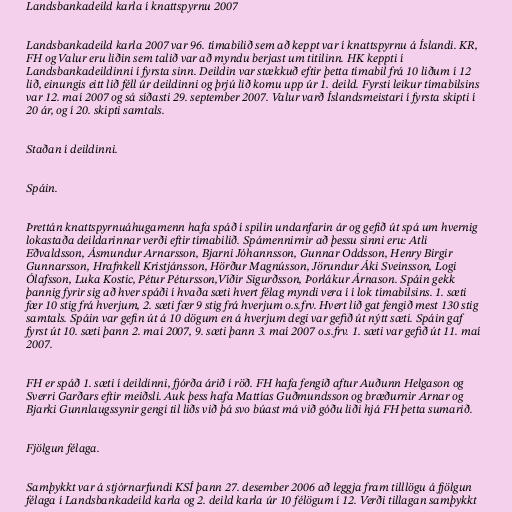
Landsbankadeild karla í knattspyrnu 2007

Landsbankadeild karla 2007 var 96. tímabilið sem að keppt var í knattspyrnu á Íslandi. KR,
FH og Valur eru liðin sem talið var að myndu berjast um titilinn. HK keppti í
Landsbankadeildinni í fyrsta sinn. Deildin var stækkuð eftir þetta tímabil frá 10 liðum í 12
lið, einungis eitt lið féll úr deildinni og þrjú lið komu upp úr 1. deild. Fyrsti leikur tímabilsins
var 12. maí 2007 og sá síðasti 29. september 2007. Valur varð Íslandsmeistari í fyrsta skipti í
20 ár, og í 20. skipti samtals.

Staðan í deildinni.

Spáin.

Þrettán knattspyrnuáhugamenn hafa spáð í spilin undanfarin ár og gefið út spá um hvernig
lokastaða deildarinnar verði eftir tímabilið. Spámennirnir að þessu sinni eru: Atli
Eðvaldsson, Ásmundur Arnarsson, Bjarni Jóhannsson, Gunnar Oddsson, Henry Birgir
Gunnarsson, Hrafnkell Kristjánsson, Hörður Magnússon, Jörundur Áki Sveinsson, Logi
Ólafsson, Luka Kostic, Pétur Pétursson,Víðir Sigurðsson, Þorlákur Árnason. Spáin gekk
þannig fyrir sig að hver spáði í hvaða sæti hvert félag myndi vera í í lok tímabilsins. 1. sæti
fær 10 stig frá hverjum, 2. sæti fær 9 stig frá hverjum o.s.frv. Hvert lið gat fengið mest 130 stig
samtals. Spáin var gefin út á 10 dögum en á hverjum degi var gefið út nýtt sæti. Spáin gaf
fyrst út 10. sæti þann 2. maí 2007, 9. sæti þann 3. maí 2007 o.s.frv. 1. sæti var gefið út 11. maí
2007.

FH er spáð 1. sæti í deildinni, fjórða árið í röð. FH hafa fengið aftur Auðunn Helgason og
Sverri Garðars eftir meiðsli. Auk þess hafa Mattías Guðmundsson og bræðurnir Arnar og
Bjarki Gunnlaugssynir gengi til liðs við þá svo búast má við góðu liði hjá FH þetta sumarið.

Fjölgun félaga.

Samþykkt var á stjórnarfundi KSÍ þann 27. desember 2006 að leggja fram tilllögu á fjölgun
félaga í Landsbankadeild karla og 2. deild karla úr 10 félögum í 12. Verði tillagan samþykkt